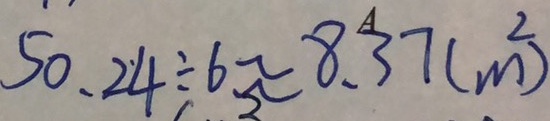
5 0 . 2 4 \div 6 \approx 8 . 3 7 ( m ^ { 2 } )